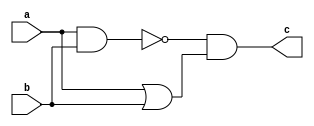
module module_xor(a,b,c);
input a,b;
output c;
wire w1,w2,w3;

and and1(w1,a,b);
not not1(w2,w1);
or or1(w3,a,b);
and and2(c,w2,w3);


endmodule